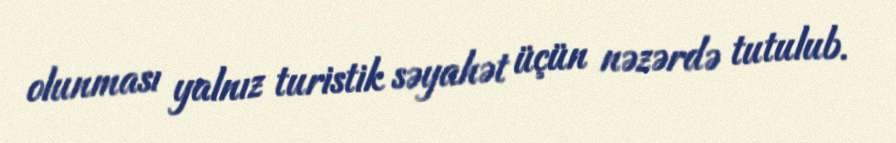
olunması yalnız turistik səyahət üçün nəzərdə tutulub.